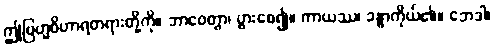
ဤဗြဟ္မဝိဟာရတရားတို့ကို။ ဘာဝေတွာ၊ ပွားစေ၍။ ကာယဿ၊ ခန္ဓာကိုယ်၏။ ဘေဒါ၊